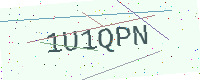
Text: 1U1QPN